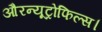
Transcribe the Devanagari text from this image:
औरन्यूट्रोफिल्स।